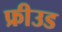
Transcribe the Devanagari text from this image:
फ्रीउड